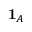
\mathbf { 1 } _ { A }